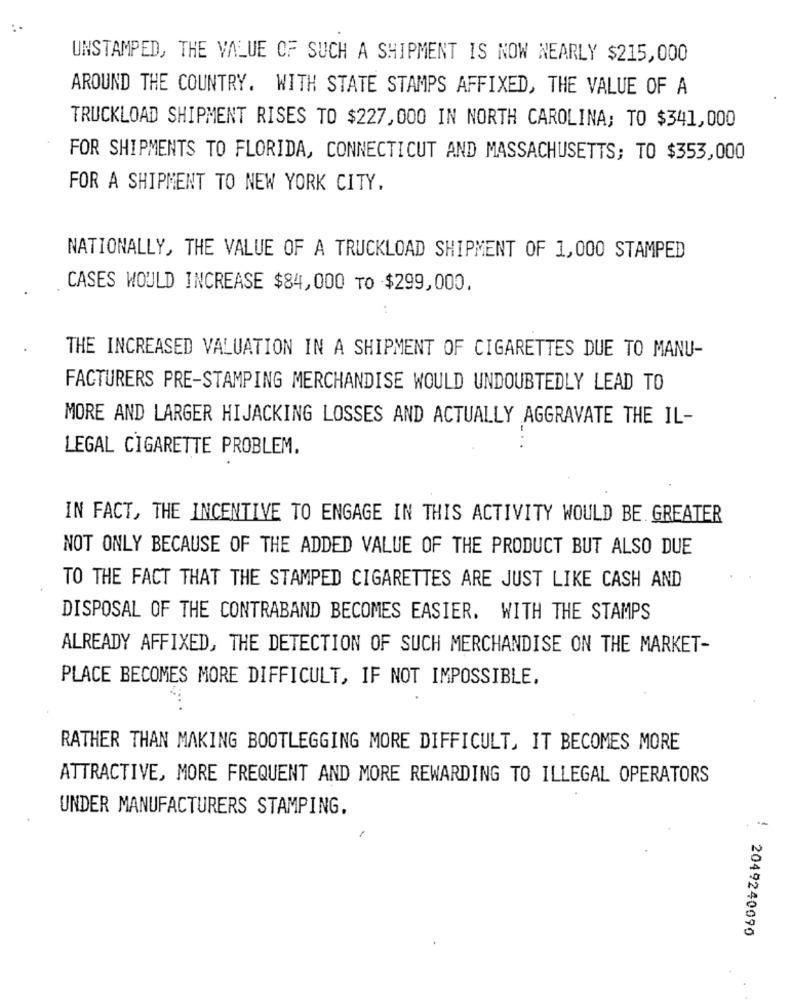
UNSTAMPED, THE VALUE OF SUCH A SHIPMENT IS NOW NEARLY $215,000
AROUND THE COUNTRY. WITH STATE STAMPS AFFIXED, THE VALUE OF A
TRUCKLOAD SHIPMENT RISES TO $227,000 IN NORTH CAROLINA; TO $341,000
FOR SHIPMENTS TO FLORIDA, CONNECTICUT AND MASSACHUSETTS; TO $353,000
FOR A SHIPMENT TO NEW YORK CITY.
NATIONALLY, THE VALUE OF A TRUCKLOAD SHIPMENT OF 1,000 STAMPED
CASES WOULD INCREASE $84,000 To $299,000.
THE INCREASED VALUATION IN A SHIPMENT OF CIGARETTES DUE TO MANU-
FACTURERS PRE-STAMPING MERCHANDISE WOULD UNDOUBTEDLY LEAD TO
MORE AND LARGER HIJACKING LOSSES AND ACTUALLY AGGRAVATE THE IL-
LEGAL CIGARETTE PROBLEM.
IN FACT, THE INCENTIVE TO ENGAGE IN THIS ACTIVITY WOULD BE. GREATER
NOT ONLY BECAUSE OF THE ADDED VALUE OF THE PRODUCT BUT ALSO DUE
TO THE FACT THAT THE STAMPED CIGARETTES ARE JUST LIKE CASH AND
DISPOSAL OF THE CONTRABAND BECOMES EASIER. WITH THE STAMPS
ALREADY AFFIXED, THE DETECTION OF SUCH MERCHANDISE ON THE MARKET-
PLACE BECOMES MORE DIFFICULT, IF NOT IMPOSSIBLE.
RATHER THAN MAKING BOOTLEGGING MORE DIFFICULT, IT BECOMES MORE
ATTRACTIVE, MORE FREQUENT AND MORE REWARDING TO ILLEGAL OPERATORS
UNDER MANUFACTURERS STAMPING,
2049240090